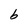
Character: b